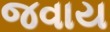
જવાય